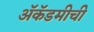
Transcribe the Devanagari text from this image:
ॲकॅडमीची